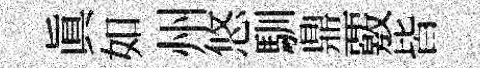
眞如州悠馴鼎覈皆